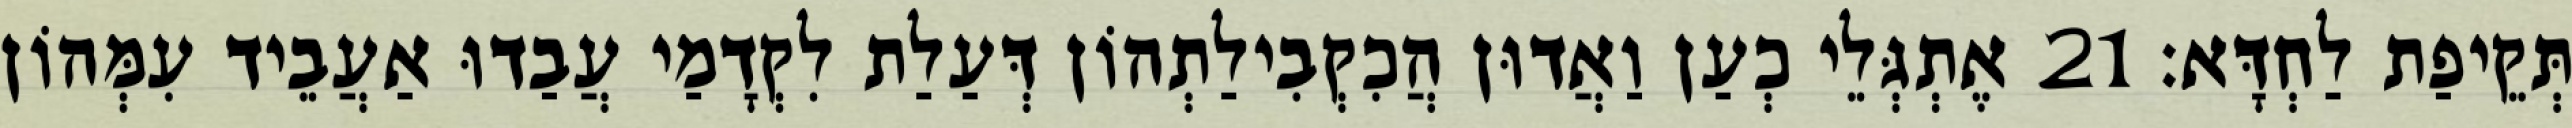
תְּקֵיפַת לַחְדָּא׃ 21 אֶתְגְּלֵי כְעַן וַאֲדוּן הֲכִקְבִילַתְהוֹן דְּעַלַת לִקְדָמַי עֲבַדוּ אַעֲבֵיד עִמְּהוֹן